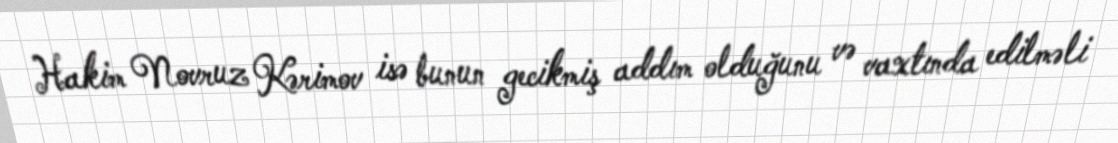
Hakim Novruz Kərimov isə bunun gecikmiş addım olduğunu və vaxtında edilməli